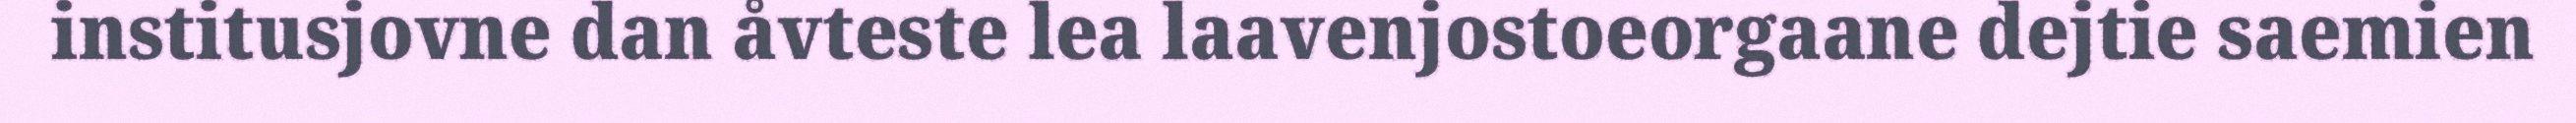
institusjovne dan åvteste lea laavenjostoeorgaane dejtie saemien